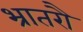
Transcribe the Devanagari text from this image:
भ्रातरौ